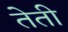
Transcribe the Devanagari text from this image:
तेती